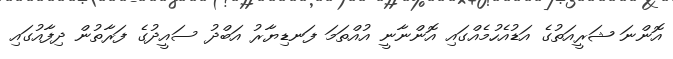
އޮންނަ ޝަރީއަތުގެ އަޑުއެހުމެއްގައި އޮންނާނީ އުއްތަމަ ފަނޑިޔާރު އަބްދު ސައީދުގެ ފަރާތުން ދިފާއުގައި